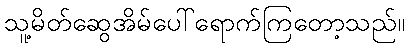
သူ့မိတ်ဆွေအိမ်ပေါ်ရောက်ကြတော့သည်။